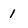
Character: 1